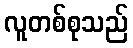
လူတစ်စုသည်